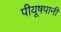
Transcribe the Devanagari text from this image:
पीयूषपानी